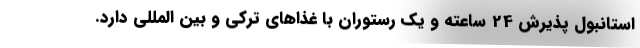
استانبول پذیرش 24 ساعته و یک رستوران با غذاهای ترکی و بین المللی دارد.